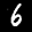
Label: 6